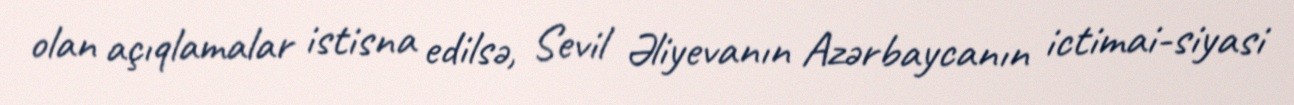
olan açıqlamalar istisna edilsə, Sevil Əliyevanın Azərbaycanın ictimai-siyasi